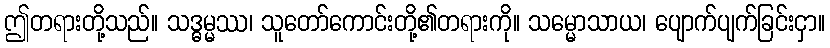
ဤတရားတို့သည်။ သဒ္ဓမ္မဿ၊ သူတော်ကောင်းတို့၏တရားကို။ သမ္မောသာယ၊ ပျောက်ပျက်ခြင်းငှာ။